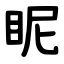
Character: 眤